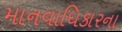
માનવાધિકારના